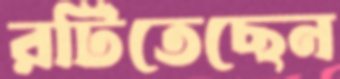
রটিতেছেন